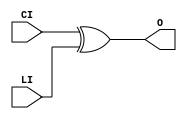
// $Header: /devl/xcs/repo/env/Databases/CAEInterfaces/verunilibs/s/XORCY.v,v 1.8.22.1 2003/11/18 20:41:40 wloo Exp $

/*

FUNCTION	: XOR for carry logic

*/

`timescale  100 ps / 10 ps


module XORCY (O, CI, LI);

    output O;

    input  CI, LI;

	xor X1 (O, CI, LI);

    specify
	(CI *> O) = (0, 0);
	(LI *> O) = (0, 0);
    endspecify

endmodule